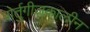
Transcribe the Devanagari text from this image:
पोर्तुगीजकालीन